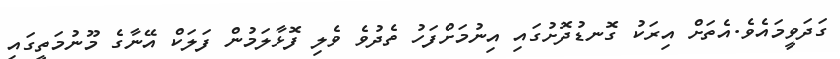
ގަދަވީމައެވެ.އެތަށް އިރަކު ގޮނޑުދޮށުގައި އިނުމަށްފަހު ތެދުވެ ވެލި ފޮޅާލަމުން ފަލަކް އޭނާގެ މޫނުމަތީގައި